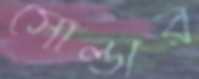
সোল্ডার